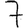
Digit: 7